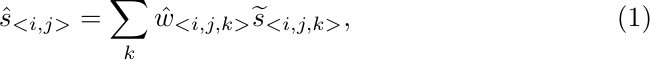
\begin{equation}
\hat{s}_{<i,j>}=\sum_k \hat{w}_{<i,j,k>} \widetilde{s}_{<i,j,k>},
\end{equation}